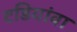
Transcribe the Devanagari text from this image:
टडियांवा